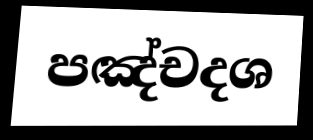
පඤ්චදශ